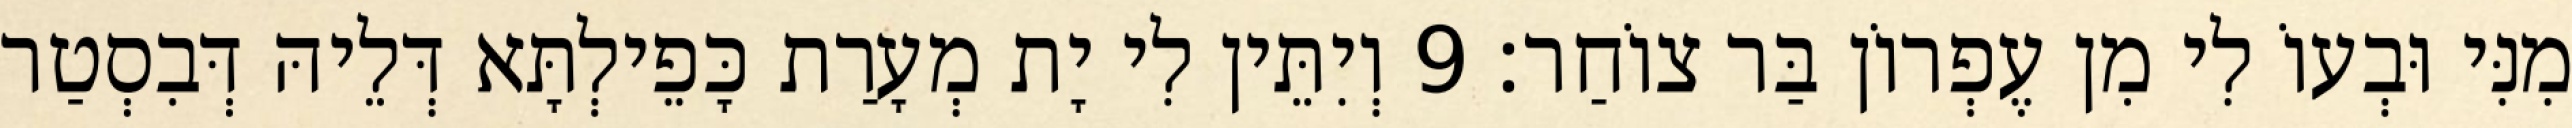
מִנִּי וּבְעוֹ לִי מִן עֶפְרוֹן בַּר צוֹחַר׃ 9 וְיִתֵּין לִי יָת מְעָרַת כָּפֵילְתָּא דְּלֵיהּ דְּבִסְטַר